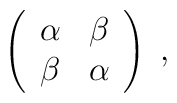
\left(    \begin{array}{cc}        \alpha & \beta  \\        \beta & \alpha    \end{array}    \right)\;,